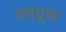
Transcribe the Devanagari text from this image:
अल्थूजर